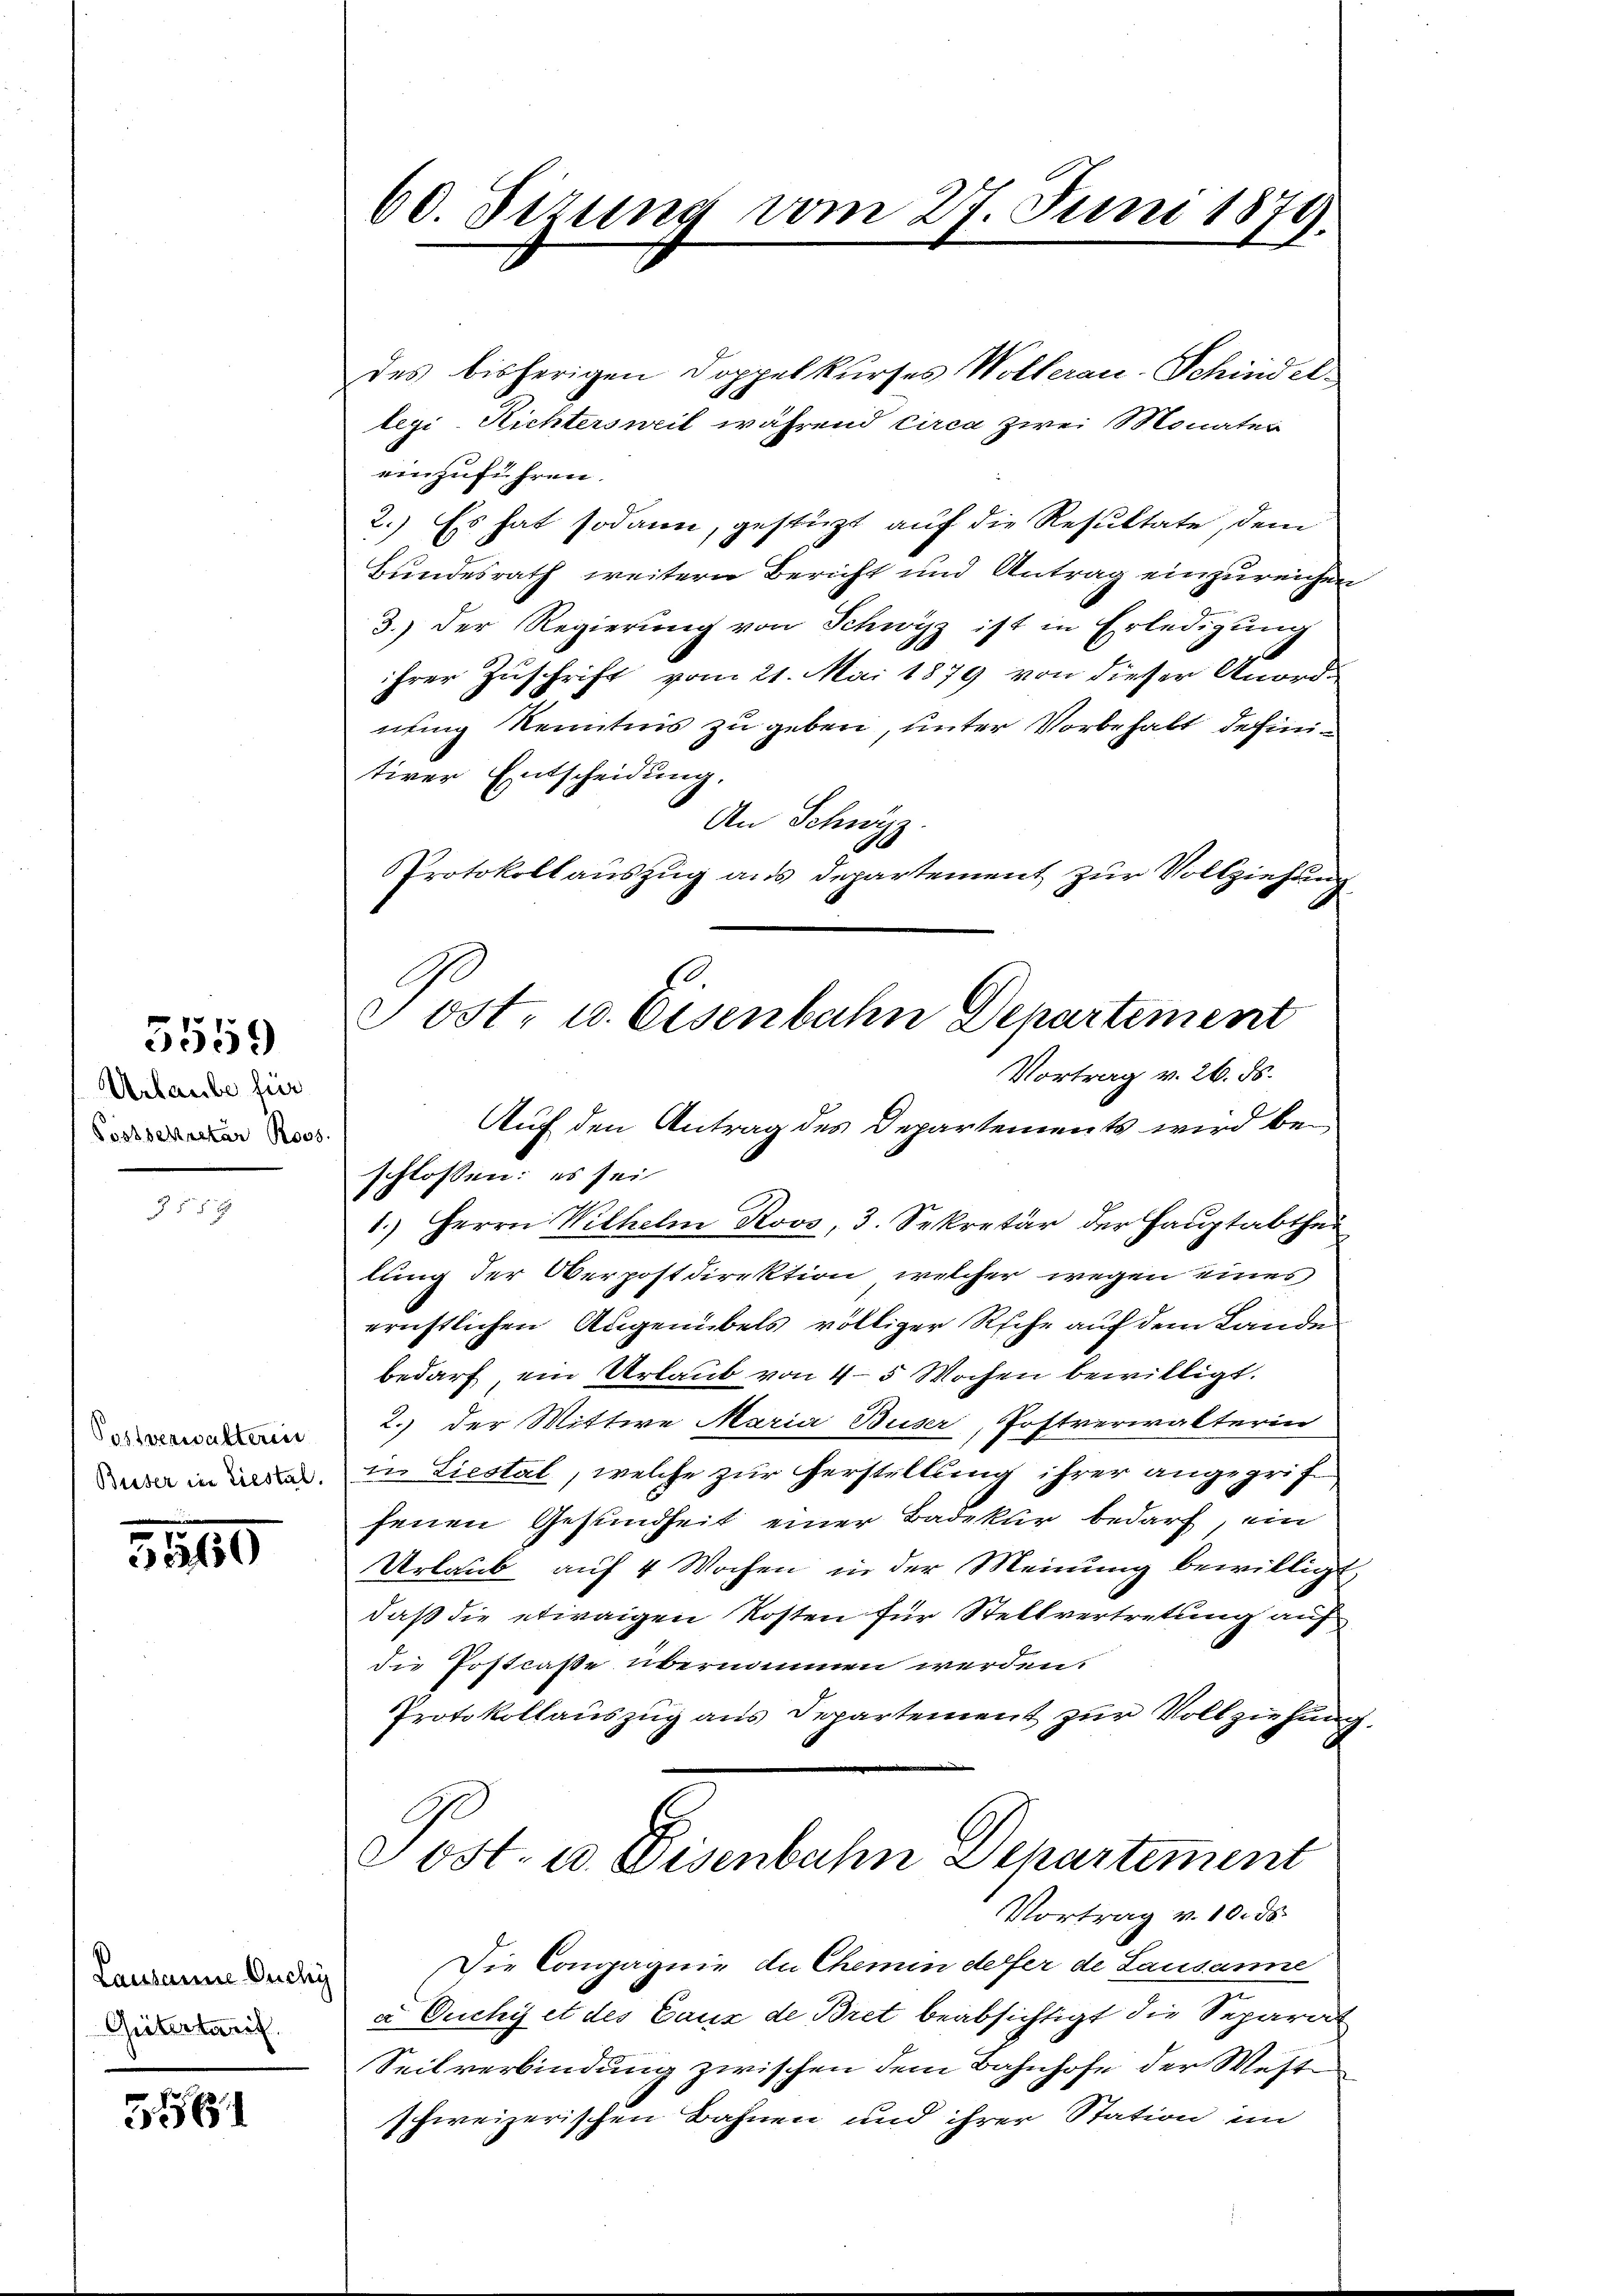
5559

Urlaube für
Postsekretär Roos.

Postverwalterii

3569

Lausanne Ouchy
Gütertarif

556

des bisherigen Doppelkurses Wollerau-Schindel¬
S
legi Richtersweil während circa zwei Monates
einzuführen.
2.) Es hat sodann, gestützt auf die Resultate, dem
Bundesrath weitern Bericht und Antrag einzureichen
3.) Der Regierŭng von Schwyz ist in Erledigŭng
ihrer Zuschrift vom 21. Mai 1879 von dieser Anord-
nung Kenntnis zu geben, unter Vorbehalt definitiver Entscheidung.
An Schwyz
Protokollauszug aus departement zur Vollziehung
Auf den Antrag des Departements wird beschlossen: es sei
1.) Herrn Wilhelm Roos, 3. Sekretär der Hauptabthei
lung der Oberpostdirektion, welcher wegen eines
ernstlichen Augenübels völliger Rsehe auf dem Lande
bedarf, ein Urlaub von 4-5 Wochen bewilligt.
2.) der Wittwe Maria Buser, Postverwalterin
a in der in Liestal, welche zur Herstellung ihrer angegriffenen Gesundheit einer Badekur bedarf, ein
Urlaub auf 4 Wochen in der Meinung bewilligt,
daß die etwaigen Kosten für Stellvertretung auf
die Postcaße übernommen werden.
Protokollauszug aus Departement zur Vollziehung
Post- u. Disenbahn Departement
Vortrag v. 10. ds.
Die Compagnie du Chemin defer de Lausanne
a Ouchy et des Caux de Bret beabsichtigt die Separat
Seilverbindung zwischen dem Bahnhofe der Weste
schweizerischen Bahnen und ihrer Station im

60. Sizung vom 27. Juni 1870.

s
Tost, u. Eisenbahn Departement
Vortrag v. 26. ds.